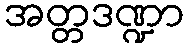
အတ္တဒဏ္ဍာ